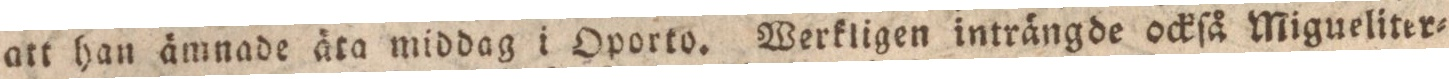
att han ämnade äta middag i Oporto. Werkligen inträngde ockſå Migueliter=